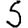
Digit: 5